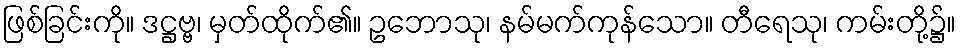
ဖြစ်ခြင်းကို။ ဒဋ္ဌဗ္ဗ၊ မှတ်ထိုက်၏။ ဥဘောသု၊ နမ်မက်ကုန်သော။ တီရေသု၊ ကမ်းတို့၌။